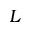
L